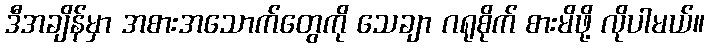
ဒီအချိန်မှာ အစားအသောက်တွေကို သေချာ ဂရုစိုက် စားမိဖို့ လိုပါမယ်။